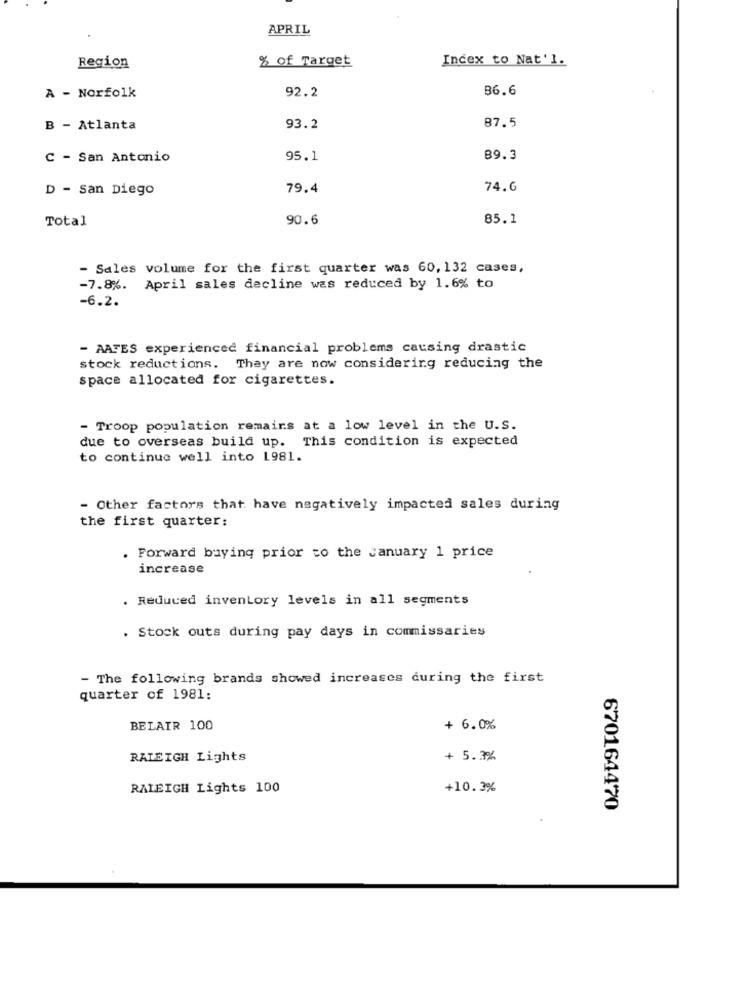
APRIL
% of Target
Index to Nat'l.
Region
92.2
36.6
A - Norfolk
87.5
B - Atlanta
93.2
C - San Antonio
95.1
89.3
D - San Diego
79.4
74.6
Total
90.6
85.1
- Sales volume for the first quarter was 60, 132 cases,
-7.8%. April sales decline was reduced by 1.6% to
-6.2.
- AATES experienced financial problems causing drastic
stock reductions. They are now considering reducing the
space allocated for cigarettes.
- Troop population remains at a low level in the U.S.
due to overseas build up. This condition is expected
to continue well into 1981.
- Other factors that have negatively impacted sales during
the first quarter:
. Forward buying prior to the january 1 price
increase
. Reduced inventory levels in all segments
. Stock outs during pay days in commissaries
- The following brands showed increases during the first
quarter of 1981:
BELAIR 100
+ 6.0%
RALEIGH Lights
+ 5.3%
RALEIGH Lights 100
+10.3%
670164470